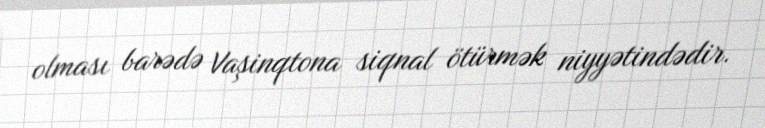
olması barədə Vaşinqtona siqnal ötürmək niyyətindədir.